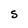
Character: S